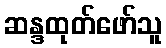
ဆန္ဒထုတ်ဖော်သူ